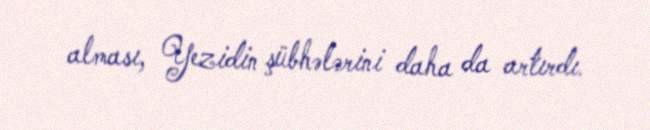
alması, Yezidin şübhələrini daha da artırdı.